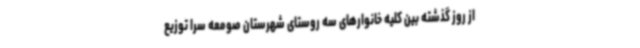
از روز گذشته بین کلیه خانوارهای سه روستای شهرستان صومعه سرا توزیع